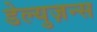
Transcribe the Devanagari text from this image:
डेल्युज़न्स